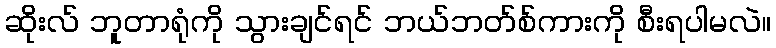
ဆိုးလ် ဘူတာရုံကို သွားချင်ရင် ဘယ်ဘတ်စ်ကားကို စီးရပါမလဲ။